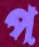
প